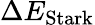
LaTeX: \Delta E_{\mathrm{Stark}}